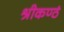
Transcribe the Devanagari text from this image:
श्रीकण्ठं